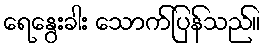
ရေနွေးခါး သောက်ပြန်သည်။